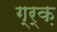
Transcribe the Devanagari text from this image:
ग्र्क़